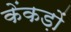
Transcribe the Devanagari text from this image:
केंकड़ों